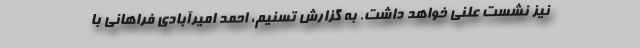
نیز نشست علنی خواهد داشت. به گزارش تسنیم، احمد امیرآبادی فراهانی با